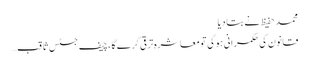
محمد حفیظ نے بتا دیا
قانون کی حکمرانی ہوگی تومعاشرہ ترقی کرے گا ،چیف جسٹس ثاقب…